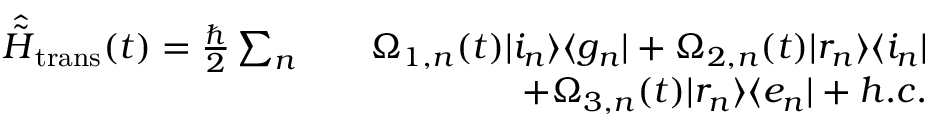
\begin{array} { r l r } { \hat { \tilde { H } } _ { \mathrm { t r a n s } } ( t ) = \frac { \hbar } { 2 } \sum _ { n } } & { } & { \Omega _ { 1 , n } ( t ) \vert i _ { n } \rangle \langle g _ { n } \vert + \Omega _ { 2 , n } ( t ) \vert r _ { n } \rangle \langle i _ { n } \vert } \\ & { } & { + \Omega _ { 3 , n } ( t ) \vert r _ { n } \rangle \langle e _ { n } \vert + h . c . } \end{array}